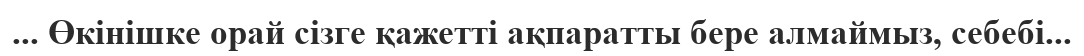
... Өкінішке орай сізге қажетті ақпаратты бере алмаймыз, себебі...